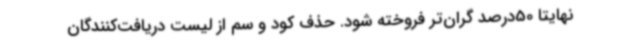
نهایتا 50درصد گران‌تر فروخته شود. حذف کود و سم از لیست دریافت‌کنندگان